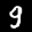
Digit: 9